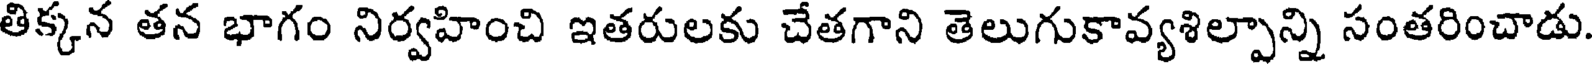
తిక్కన తన భాగం నిర్వహించి ఇతరులకు చేతగాని తెలుగుకావ్యశిల్పాన్ని సంతరించాడు